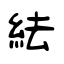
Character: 紶